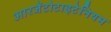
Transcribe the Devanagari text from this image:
आरजेंटोटाइटेनियम